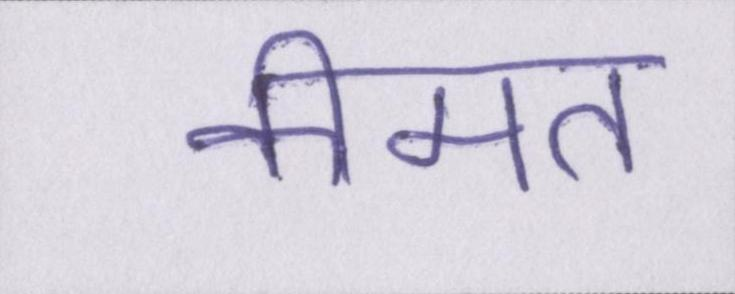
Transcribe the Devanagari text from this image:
कीमत